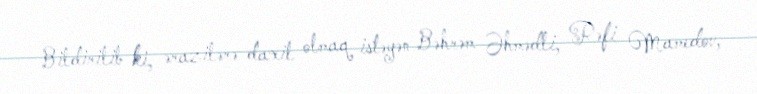
Bildirilib ki, ərazilərə daxil olmaq istəyən Bəhrəm Əhmədli, Rəfi Mamedov,